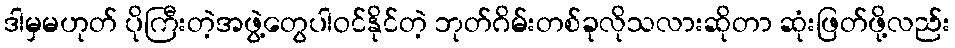
ဒါမှမဟုတ် ပိုကြီးတဲ့အဖွဲ့တွေပါဝင်နိုင်တဲ့ ဘုတ်ဂိမ်းတစ်ခုလိုသလားဆိုတာ ဆုံးဖြတ်ဖို့လည်း